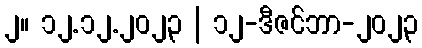
၂။ ၁၂.၁၂.၂၀၂၃ | ၁၂-ဒီဇင်ဘာ-၂၀၂၃